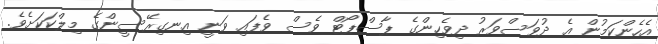
އެހެންކަމުން އެ ދުވަސްވަރު ދިވެހިންގެ ޕާސްޕޯޓް ވެސް ވެފައި ވަނީ އިނގިރޭސީންގެ މިލްކަކަށެވެ.